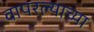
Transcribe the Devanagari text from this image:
वापरल्याच्या